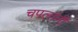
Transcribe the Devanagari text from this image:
चपलांनी